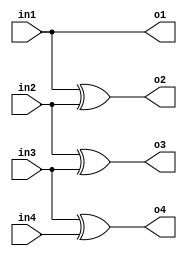

module Task2(in1,in2,in3,in4,o1,o2,o3,o4);
input  in1,in2,in3,in4;
output o1,o2,o3,o4;
reg o1,o2,o3,o4;
always@(in1,in2,in3,in4)
begin
 o1 = in1;
 o2 =in1^in2;
 o3 = in2^in3;
 o4 =in3^in4;
end
endmodule